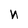
Character: n